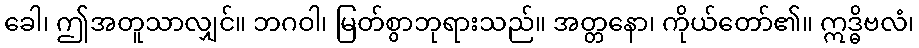
ခေါ၊ ဤအတူသာလျှင်။ ဘဂဝါ၊ မြတ်စွာဘုရားသည်။ အတ္တနော၊ ကိုယ်တော်၏။ ဣဒ္ဓိဗလံ၊